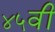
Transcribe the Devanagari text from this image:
४५वीं